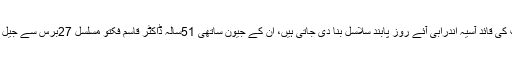
دختران ملت کی قائد آسیہ اندرابی آئے روز پابند سلاسل بنا دی جاتی ہیں، ان کے جیون ساتھی 51سالہ ڈاکٹر قاسم فکتو مسلسل 27برس سے جیل میں بند ہیں۔